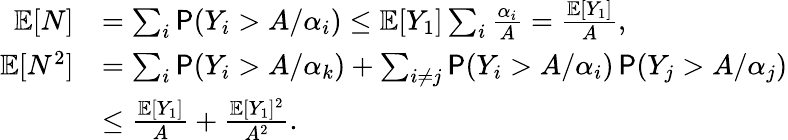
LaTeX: \begin{array}{rl}{\mathbb{E}[N]}&{=\sum_{i}\P(Y_{i}>A/\alpha_{i})\leq\mathbb{E}[Y_{1}]\sum_{i}\frac{\alpha_{i}}A=\frac{\mathbb{E}[Y_{1}]}{A},}\\ {\mathbb{E}[N^{2}]}&{=\sum_{i}\P(Y_{i}>A/\alpha_{k})+\sum_{i\neq j}\P(Y_{i}>A/\alpha_{i})\P(Y_{j}>A/\alpha_{j})}\\ &{\leq\frac{\mathbb{E}[Y_{1}]}{A}+\frac{\mathbb{E}[Y_{1}]^{2}}{A^{2}}.}\end{array}